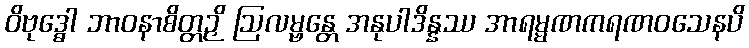
ဝိဗုဒ္ဓေါ ဘာဝနာစိတ္တဉှိ ဩလမ္ဗန္တေ အနုပါဒိန္နဿ အာရမ္မဏကရဏဝသေနပိ